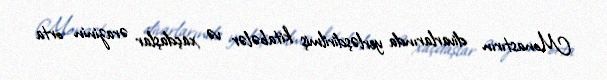
Monastırın divarlarında yerləşdirilmiş kitabələr və xaçdaşlar ərazinin orta